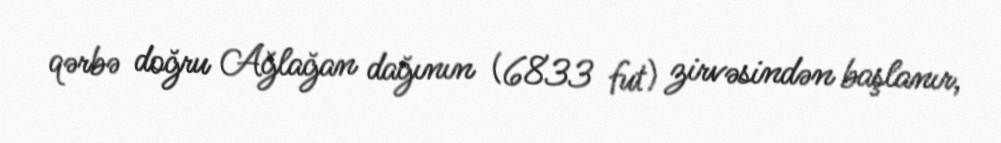
qərbə doğru Ağlağan dağının (6833 fut) zirvəsindən başlanır,